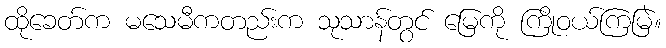
ထိုခေတ်က မသေမီကတည်းက သုသာန်တွင် မြေကို ကြိုဝယ်ကြမြဲ။